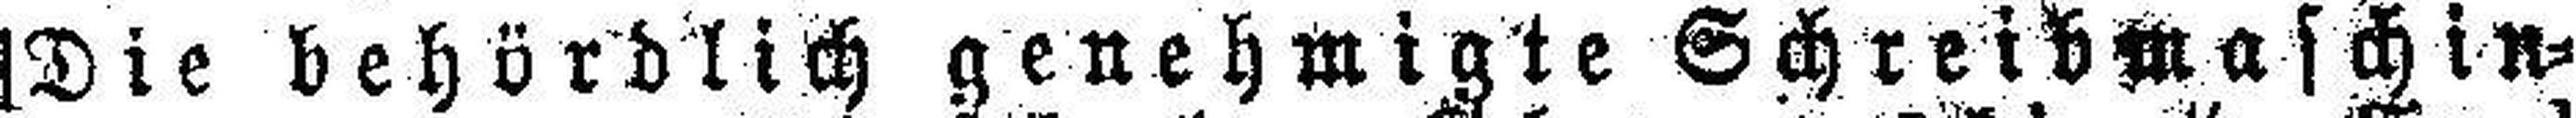
[Die behördlich genehmigte Schreibmaschin=